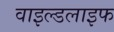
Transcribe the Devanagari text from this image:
वाइल्‍डलाइफ